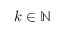
k \in \mathbb { N }